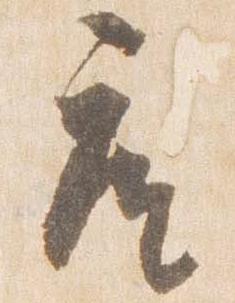
座